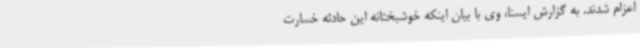
اعزام شدند. به گزارش ایسنا، وی با بیان اینکه خوشبختانه این حادثه خسارت